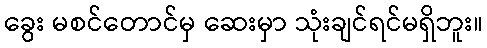
ခွေး မစင်တောင်မှ ဆေးမှာ သုံးချင်ရင်မရှိဘူး။